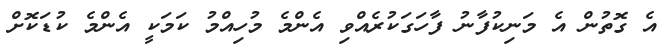
އެ ގޮތުން އެ މަނިކުފާނު ފާހަގަކުރެއްވި އެންމެ މުހިއްމު ކަމަކީ އެންމެ ކުޑަކޮށް